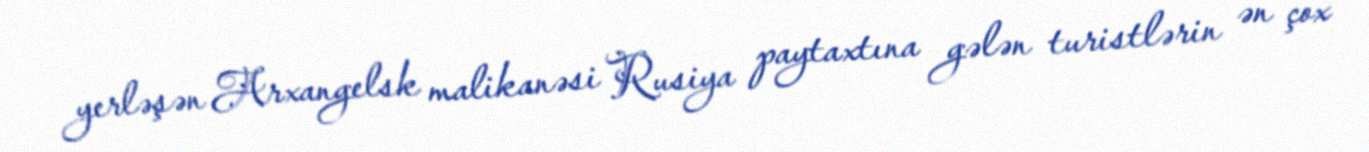
yerləşən Arxangelsk malikanəsi Rusiya paytaxtına gələn turistlərin ən çox